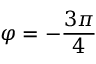
\varphi = - \frac { 3 \pi } { 4 }